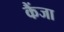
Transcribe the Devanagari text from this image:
कैंजा